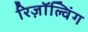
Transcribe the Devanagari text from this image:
रिज़ॉल्विंग